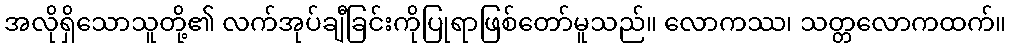
အလိုရှိသောသူတို့၏ လက်အုပ်ချီခြင်းကိုပြုရာဖြစ်တော်မူသည်။ လောကဿ၊ သတ္တလောကထက်။